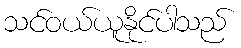
သင်ဝယ်ယူနိုင်ပါသည်